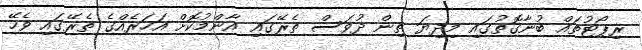
ރިޕޯޓުތައް ބުނާގޮތުގައި މިދިޔަ ތިން ދުވަސް ތެރޭގައި އާންމުކޮށް އަހަރެއްގެ ތެރޭގައި ވެހޭ